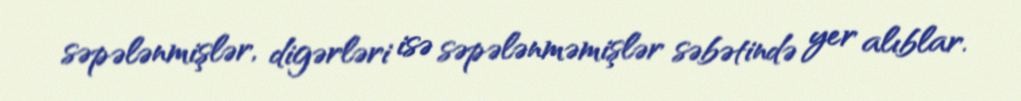
səpələnmişlər, digərləri isə səpələnməmişlər səbətində yer alıblar.